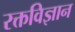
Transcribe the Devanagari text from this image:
रक्तविज्ञान